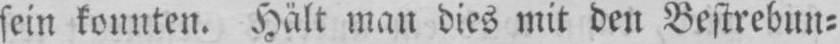
sein konnten. Hält man dies mit den Bestrebun⸗